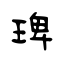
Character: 琕